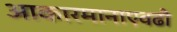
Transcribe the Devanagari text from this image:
आकारमानाएवढी